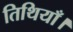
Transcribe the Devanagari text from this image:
तिथियाँ।